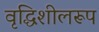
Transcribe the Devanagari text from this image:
वृद्धिशीलरूप